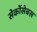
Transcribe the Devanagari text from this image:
सेर्कोसेबस